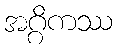
အဂ္ဂိကဿ